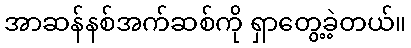
အာဆန်နစ်အက်ဆစ်ကို ရှာတွေ့ခဲ့တယ်။